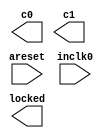
// megafunction wizard: %ALTPLL%VBB%
// GENERATION: STANDARD
// VERSION: WM1.0
// MODULE: altpll 

// ============================================================
// Megafunction Name(s):
// 			altpll
//
// Simulation Library Files(s):
// 			altera_mf
// ============================================================
// ************************************************************
// THIS IS A WIZARD-GENERATED FILE. DO NOT EDIT THIS FILE!
//
// 13.0.0 Build 156 04/24/2013 SJ Full Version
// ************************************************************

//Copyright (C) 1991-2013 Altera Corporation
//Your use of Altera Corporation's design tools, logic functions 
//and other software and tools, and its AMPP partner logic 
//functions, and any output files from any of the foregoing 
//(including device programming or simulation files), and any 
//associated documentation or information are expressly subject 
//to the terms and conditions of the Altera Program License 
//Subscription Agreement, Altera MegaCore Function License 
//Agreement, or other applicable license agreement, including, 
//without limitation, that your use is for the sole purpose of 
//programming logic devices manufactured by Altera and sold by 
//Altera or its authorized distributors.  Please refer to the 
//applicable agreement for further details.

module clk_hdmi (
	areset,
	inclk0,
	c0,
	c1,
	locked);

	input	  areset;
	input	  inclk0;
	output	  c0;
	output	  c1;
	output	  locked;
`ifndef ALTERA_RESERVED_QIS
// synopsys translate_off
`endif
	tri0	  areset;
`ifndef ALTERA_RESERVED_QIS
// synopsys translate_on
`endif

endmodule

// ============================================================
// CNX file retrieval info
// ============================================================
// Retrieval info: PRIVATE: ACTIVECLK_CHECK STRING "0"
// Retrieval info: PRIVATE: BANDWIDTH STRING "1.000"
// Retrieval info: PRIVATE: BANDWIDTH_FEATURE_ENABLED STRING "1"
// Retrieval info: PRIVATE: BANDWIDTH_FREQ_UNIT STRING "MHz"
// Retrieval info: PRIVATE: BANDWIDTH_PRESET STRING "Low"
// Retrieval info: PRIVATE: BANDWIDTH_USE_AUTO STRING "1"
// Retrieval info: PRIVATE: BANDWIDTH_USE_PRESET STRING "0"
// Retrieval info: PRIVATE: CLKBAD_SWITCHOVER_CHECK STRING "0"
// Retrieval info: PRIVATE: CLKLOSS_CHECK STRING "0"
// Retrieval info: PRIVATE: CLKSWITCH_CHECK STRING "0"
// Retrieval info: PRIVATE: CNX_NO_COMPENSATE_RADIO STRING "0"
// Retrieval info: PRIVATE: CREATE_CLKBAD_CHECK STRING "0"
// Retrieval info: PRIVATE: CREATE_INCLK1_CHECK STRING "0"
// Retrieval info: PRIVATE: CUR_DEDICATED_CLK STRING "c0"
// Retrieval info: PRIVATE: CUR_FBIN_CLK STRING "c0"
// Retrieval info: PRIVATE: DEVICE_SPEED_GRADE STRING "8"
// Retrieval info: PRIVATE: DIV_FACTOR0 NUMERIC "1"
// Retrieval info: PRIVATE: DIV_FACTOR1 NUMERIC "1"
// Retrieval info: PRIVATE: DUTY_CYCLE0 STRING "50.00000000"
// Retrieval info: PRIVATE: DUTY_CYCLE1 STRING "50.00000000"
// Retrieval info: PRIVATE: EFF_OUTPUT_FREQ_VALUE0 STRING "74.250000"
// Retrieval info: PRIVATE: EFF_OUTPUT_FREQ_VALUE1 STRING "371.250000"
// Retrieval info: PRIVATE: EXPLICIT_SWITCHOVER_COUNTER STRING "0"
// Retrieval info: PRIVATE: EXT_FEEDBACK_RADIO STRING "0"
// Retrieval info: PRIVATE: GLOCKED_COUNTER_EDIT_CHANGED STRING "1"
// Retrieval info: PRIVATE: GLOCKED_FEATURE_ENABLED STRING "0"
// Retrieval info: PRIVATE: GLOCKED_MODE_CHECK STRING "0"
// Retrieval info: PRIVATE: GLOCK_COUNTER_EDIT NUMERIC "1048575"
// Retrieval info: PRIVATE: HAS_MANUAL_SWITCHOVER STRING "1"
// Retrieval info: PRIVATE: INCLK0_FREQ_EDIT STRING "50.000"
// Retrieval info: PRIVATE: INCLK0_FREQ_UNIT_COMBO STRING "MHz"
// Retrieval info: PRIVATE: INCLK1_FREQ_EDIT STRING "100.000"
// Retrieval info: PRIVATE: INCLK1_FREQ_EDIT_CHANGED STRING "1"
// Retrieval info: PRIVATE: INCLK1_FREQ_UNIT_CHANGED STRING "1"
// Retrieval info: PRIVATE: INCLK1_FREQ_UNIT_COMBO STRING "MHz"
// Retrieval info: PRIVATE: INTENDED_DEVICE_FAMILY STRING "Cyclone IV E"
// Retrieval info: PRIVATE: INT_FEEDBACK__MODE_RADIO STRING "1"
// Retrieval info: PRIVATE: LOCKED_OUTPUT_CHECK STRING "1"
// Retrieval info: PRIVATE: LONG_SCAN_RADIO STRING "1"
// Retrieval info: PRIVATE: LVDS_MODE_DATA_RATE STRING "Not Available"
// Retrieval info: PRIVATE: LVDS_MODE_DATA_RATE_DIRTY NUMERIC "0"
// Retrieval info: PRIVATE: LVDS_PHASE_SHIFT_UNIT0 STRING "deg"
// Retrieval info: PRIVATE: LVDS_PHASE_SHIFT_UNIT1 STRING "deg"
// Retrieval info: PRIVATE: MIG_DEVICE_SPEED_GRADE STRING "Any"
// Retrieval info: PRIVATE: MIRROR_CLK0 STRING "0"
// Retrieval info: PRIVATE: MIRROR_CLK1 STRING "0"
// Retrieval info: PRIVATE: MULT_FACTOR0 NUMERIC "1"
// Retrieval info: PRIVATE: MULT_FACTOR1 NUMERIC "1"
// Retrieval info: PRIVATE: NORMAL_MODE_RADIO STRING "1"
// Retrieval info: PRIVATE: OUTPUT_FREQ0 STRING "74.25000000"
// Retrieval info: PRIVATE: OUTPUT_FREQ1 STRING "371.25000000"
// Retrieval info: PRIVATE: OUTPUT_FREQ_MODE0 STRING "1"
// Retrieval info: PRIVATE: OUTPUT_FREQ_MODE1 STRING "1"
// Retrieval info: PRIVATE: OUTPUT_FREQ_UNIT0 STRING "MHz"
// Retrieval info: PRIVATE: OUTPUT_FREQ_UNIT1 STRING "MHz"
// Retrieval info: PRIVATE: PHASE_RECONFIG_FEATURE_ENABLED STRING "1"
// Retrieval info: PRIVATE: PHASE_RECONFIG_INPUTS_CHECK STRING "0"
// Retrieval info: PRIVATE: PHASE_SHIFT0 STRING "0.00000000"
// Retrieval info: PRIVATE: PHASE_SHIFT1 STRING "0.00000000"
// Retrieval info: PRIVATE: PHASE_SHIFT_STEP_ENABLED_CHECK STRING "0"
// Retrieval info: PRIVATE: PHASE_SHIFT_UNIT0 STRING "deg"
// Retrieval info: PRIVATE: PHASE_SHIFT_UNIT1 STRING "deg"
// Retrieval info: PRIVATE: PLL_ADVANCED_PARAM_CHECK STRING "0"
// Retrieval info: PRIVATE: PLL_ARESET_CHECK STRING "1"
// Retrieval info: PRIVATE: PLL_AUTOPLL_CHECK NUMERIC "1"
// Retrieval info: PRIVATE: PLL_ENHPLL_CHECK NUMERIC "0"
// Retrieval info: PRIVATE: PLL_FASTPLL_CHECK NUMERIC "0"
// Retrieval info: PRIVATE: PLL_FBMIMIC_CHECK STRING "0"
// Retrieval info: PRIVATE: PLL_LVDS_PLL_CHECK NUMERIC "0"
// Retrieval info: PRIVATE: PLL_PFDENA_CHECK STRING "0"
// Retrieval info: PRIVATE: PLL_TARGET_HARCOPY_CHECK NUMERIC "0"
// Retrieval info: PRIVATE: PRIMARY_CLK_COMBO STRING "inclk0"
// Retrieval info: PRIVATE: RECONFIG_FILE STRING "clk_hdmi.mif"
// Retrieval info: PRIVATE: SACN_INPUTS_CHECK STRING "0"
// Retrieval info: PRIVATE: SCAN_FEATURE_ENABLED STRING "1"
// Retrieval info: PRIVATE: SELF_RESET_LOCK_LOSS STRING "0"
// Retrieval info: PRIVATE: SHORT_SCAN_RADIO STRING "0"
// Retrieval info: PRIVATE: SPREAD_FEATURE_ENABLED STRING "0"
// Retrieval info: PRIVATE: SPREAD_FREQ STRING "50.000"
// Retrieval info: PRIVATE: SPREAD_FREQ_UNIT STRING "KHz"
// Retrieval info: PRIVATE: SPREAD_PERCENT STRING "0.500"
// Retrieval info: PRIVATE: SPREAD_USE STRING "0"
// Retrieval info: PRIVATE: SRC_SYNCH_COMP_RADIO STRING "0"
// Retrieval info: PRIVATE: STICKY_CLK0 STRING "1"
// Retrieval info: PRIVATE: STICKY_CLK1 STRING "1"
// Retrieval info: PRIVATE: SWITCHOVER_COUNT_EDIT NUMERIC "1"
// Retrieval info: PRIVATE: SWITCHOVER_FEATURE_ENABLED STRING "1"
// Retrieval info: PRIVATE: SYNTH_WRAPPER_GEN_POSTFIX STRING "0"
// Retrieval info: PRIVATE: USE_CLK0 STRING "1"
// Retrieval info: PRIVATE: USE_CLK1 STRING "1"
// Retrieval info: PRIVATE: USE_CLKENA0 STRING "0"
// Retrieval info: PRIVATE: USE_CLKENA1 STRING "0"
// Retrieval info: PRIVATE: USE_MIL_SPEED_GRADE NUMERIC "0"
// Retrieval info: PRIVATE: ZERO_DELAY_RADIO STRING "0"
// Retrieval info: LIBRARY: altera_mf altera_mf.altera_mf_components.all
// Retrieval info: CONSTANT: BANDWIDTH_TYPE STRING "AUTO"
// Retrieval info: CONSTANT: CLK0_DIVIDE_BY NUMERIC "200"
// Retrieval info: CONSTANT: CLK0_DUTY_CYCLE NUMERIC "50"
// Retrieval info: CONSTANT: CLK0_MULTIPLY_BY NUMERIC "297"
// Retrieval info: CONSTANT: CLK0_PHASE_SHIFT STRING "0"
// Retrieval info: CONSTANT: CLK1_DIVIDE_BY NUMERIC "40"
// Retrieval info: CONSTANT: CLK1_DUTY_CYCLE NUMERIC "50"
// Retrieval info: CONSTANT: CLK1_MULTIPLY_BY NUMERIC "297"
// Retrieval info: CONSTANT: CLK1_PHASE_SHIFT STRING "0"
// Retrieval info: CONSTANT: COMPENSATE_CLOCK STRING "CLK0"
// Retrieval info: CONSTANT: INCLK0_INPUT_FREQUENCY NUMERIC "20000"
// Retrieval info: CONSTANT: INTENDED_DEVICE_FAMILY STRING "Cyclone IV E"
// Retrieval info: CONSTANT: LPM_TYPE STRING "altpll"
// Retrieval info: CONSTANT: OPERATION_MODE STRING "NORMAL"
// Retrieval info: CONSTANT: PLL_TYPE STRING "AUTO"
// Retrieval info: CONSTANT: PORT_ACTIVECLOCK STRING "PORT_UNUSED"
// Retrieval info: CONSTANT: PORT_ARESET STRING "PORT_USED"
// Retrieval info: CONSTANT: PORT_CLKBAD0 STRING "PORT_UNUSED"
// Retrieval info: CONSTANT: PORT_CLKBAD1 STRING "PORT_UNUSED"
// Retrieval info: CONSTANT: PORT_CLKLOSS STRING "PORT_UNUSED"
// Retrieval info: CONSTANT: PORT_CLKSWITCH STRING "PORT_UNUSED"
// Retrieval info: CONSTANT: PORT_CONFIGUPDATE STRING "PORT_UNUSED"
// Retrieval info: CONSTANT: PORT_FBIN STRING "PORT_UNUSED"
// Retrieval info: CONSTANT: PORT_INCLK0 STRING "PORT_USED"
// Retrieval info: CONSTANT: PORT_INCLK1 STRING "PORT_UNUSED"
// Retrieval info: CONSTANT: PORT_LOCKED STRING "PORT_USED"
// Retrieval info: CONSTANT: PORT_PFDENA STRING "PORT_UNUSED"
// Retrieval info: CONSTANT: PORT_PHASECOUNTERSELECT STRING "PORT_UNUSED"
// Retrieval info: CONSTANT: PORT_PHASEDONE STRING "PORT_UNUSED"
// Retrieval info: CONSTANT: PORT_PHASESTEP STRING "PORT_UNUSED"
// Retrieval info: CONSTANT: PORT_PHASEUPDOWN STRING "PORT_UNUSED"
// Retrieval info: CONSTANT: PORT_PLLENA STRING "PORT_UNUSED"
// Retrieval info: CONSTANT: PORT_SCANACLR STRING "PORT_UNUSED"
// Retrieval info: CONSTANT: PORT_SCANCLK STRING "PORT_UNUSED"
// Retrieval info: CONSTANT: PORT_SCANCLKENA STRING "PORT_UNUSED"
// Retrieval info: CONSTANT: PORT_SCANDATA STRING "PORT_UNUSED"
// Retrieval info: CONSTANT: PORT_SCANDATAOUT STRING "PORT_UNUSED"
// Retrieval info: CONSTANT: PORT_SCANDONE STRING "PORT_UNUSED"
// Retrieval info: CONSTANT: PORT_SCANREAD STRING "PORT_UNUSED"
// Retrieval info: CONSTANT: PORT_SCANWRITE STRING "PORT_UNUSED"
// Retrieval info: CONSTANT: PORT_clk0 STRING "PORT_USED"
// Retrieval info: CONSTANT: PORT_clk1 STRING "PORT_USED"
// Retrieval info: CONSTANT: PORT_clk2 STRING "PORT_UNUSED"
// Retrieval info: CONSTANT: PORT_clk3 STRING "PORT_UNUSED"
// Retrieval info: CONSTANT: PORT_clk4 STRING "PORT_UNUSED"
// Retrieval info: CONSTANT: PORT_clk5 STRING "PORT_UNUSED"
// Retrieval info: CONSTANT: PORT_clkena0 STRING "PORT_UNUSED"
// Retrieval info: CONSTANT: PORT_clkena1 STRING "PORT_UNUSED"
// Retrieval info: CONSTANT: PORT_clkena2 STRING "PORT_UNUSED"
// Retrieval info: CONSTANT: PORT_clkena3 STRING "PORT_UNUSED"
// Retrieval info: CONSTANT: PORT_clkena4 STRING "PORT_UNUSED"
// Retrieval info: CONSTANT: PORT_clkena5 STRING "PORT_UNUSED"
// Retrieval info: CONSTANT: PORT_extclk0 STRING "PORT_UNUSED"
// Retrieval info: CONSTANT: PORT_extclk1 STRING "PORT_UNUSED"
// Retrieval info: CONSTANT: PORT_extclk2 STRING "PORT_UNUSED"
// Retrieval info: CONSTANT: PORT_extclk3 STRING "PORT_UNUSED"
// Retrieval info: CONSTANT: SELF_RESET_ON_LOSS_LOCK STRING "OFF"
// Retrieval info: CONSTANT: WIDTH_CLOCK NUMERIC "5"
// Retrieval info: USED_PORT: @clk 0 0 5 0 OUTPUT_CLK_EXT VCC "@clk[4..0]"
// Retrieval info: USED_PORT: areset 0 0 0 0 INPUT GND "areset"
// Retrieval info: USED_PORT: c0 0 0 0 0 OUTPUT_CLK_EXT VCC "c0"
// Retrieval info: USED_PORT: c1 0 0 0 0 OUTPUT_CLK_EXT VCC "c1"
// Retrieval info: USED_PORT: inclk0 0 0 0 0 INPUT_CLK_EXT GND "inclk0"
// Retrieval info: USED_PORT: locked 0 0 0 0 OUTPUT GND "locked"
// Retrieval info: CONNECT: @areset 0 0 0 0 areset 0 0 0 0
// Retrieval info: CONNECT: @inclk 0 0 1 1 GND 0 0 0 0
// Retrieval info: CONNECT: @inclk 0 0 1 0 inclk0 0 0 0 0
// Retrieval info: CONNECT: c0 0 0 0 0 @clk 0 0 1 0
// Retrieval info: CONNECT: c1 0 0 0 0 @clk 0 0 1 1
// Retrieval info: CONNECT: locked 0 0 0 0 @locked 0 0 0 0
// Retrieval info: GEN_FILE: TYPE_NORMAL clk_hdmi.v TRUE
// Retrieval info: GEN_FILE: TYPE_NORMAL clk_hdmi.ppf TRUE
// Retrieval info: GEN_FILE: TYPE_NORMAL clk_hdmi.inc FALSE
// Retrieval info: GEN_FILE: TYPE_NORMAL clk_hdmi.cmp FALSE
// Retrieval info: GEN_FILE: TYPE_NORMAL clk_hdmi.bsf FALSE
// Retrieval info: GEN_FILE: TYPE_NORMAL clk_hdmi_inst.v TRUE
// Retrieval info: GEN_FILE: TYPE_NORMAL clk_hdmi_bb.v TRUE
// Retrieval info: LIB_FILE: altera_mf
// Retrieval info: CBX_MODULE_PREFIX: ON